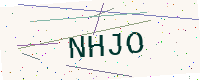
Text: NHJO